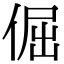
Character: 倔